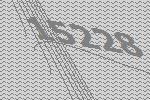
15228